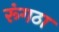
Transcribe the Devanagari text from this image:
रूंगठा